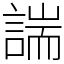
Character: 諯